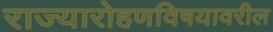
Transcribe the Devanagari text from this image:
राज्यारोहणविषयावरील